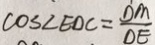
\cos \angle E D C = \frac { D M } { D E }